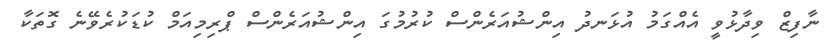
ނާފިޒް ވިދާޅުވީ އެއްގަމު އުޅަނދު އިންޝުއަރެންސް ކުރުމުގަ އިންޝުއަރެންސް ޕްރިމިއަމް ކުޑަކުރެވޭނެ ގޮތަކާ